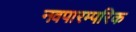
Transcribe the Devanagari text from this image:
नवपारम्परिक